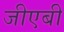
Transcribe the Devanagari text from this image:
जीएबी